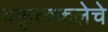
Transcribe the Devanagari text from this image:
वक्तृत्वकलेचे